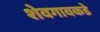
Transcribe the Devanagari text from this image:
शेवगावकडे